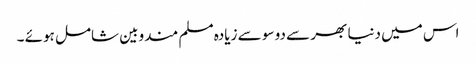
اس میں دنیا بھر سے دو سو سے زیادہ مسلم مندوبین شامل ہوئے ۔